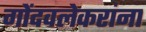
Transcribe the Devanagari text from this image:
गोंदवलेकरांना